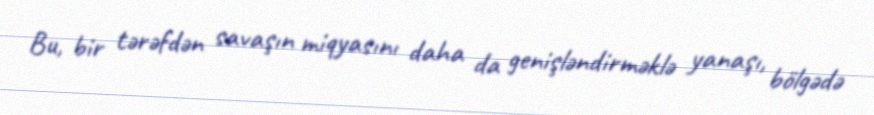
Bu, bir tərəfdən savaşın miqyasını daha da genişləndirməklə yanaşı, bölgədə